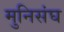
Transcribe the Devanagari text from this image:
मुनिसंघ